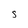
Character: S